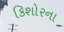
કિશોરના